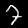
Label: 7